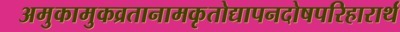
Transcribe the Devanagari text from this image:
अमुकामुकव्रतानामकृतोद्यापनदोषपरिहारार्थ